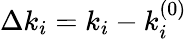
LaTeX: \Delta k_{i}=k_{i}-k_{i}^{(0)}